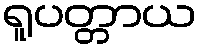
ရူပတ္တာယ